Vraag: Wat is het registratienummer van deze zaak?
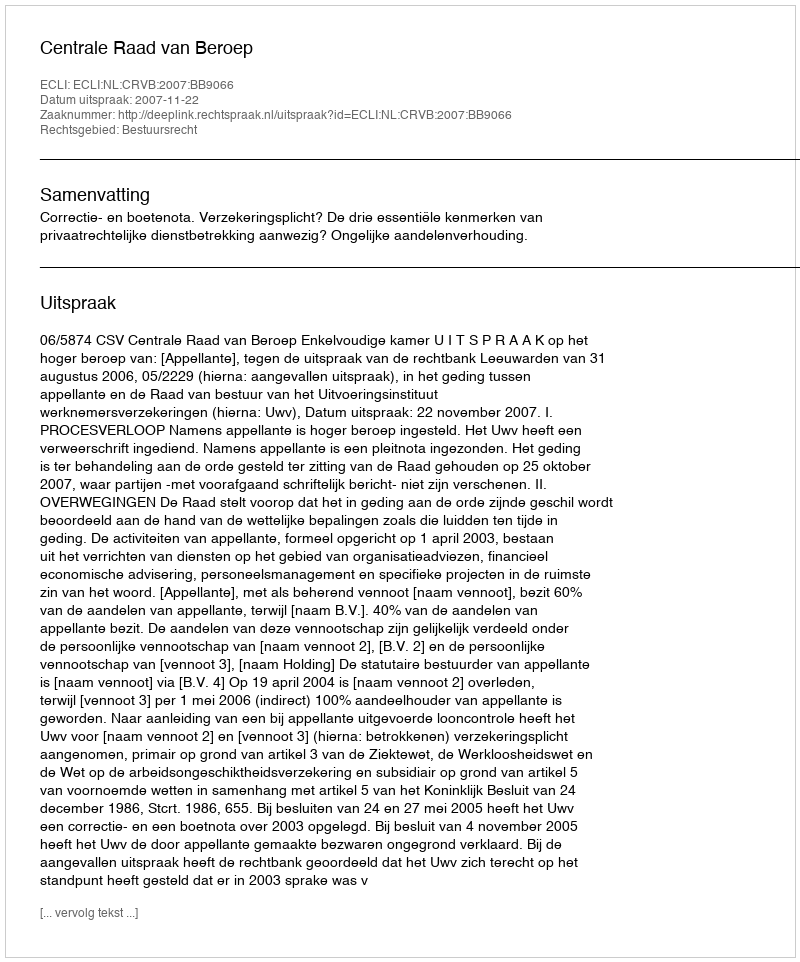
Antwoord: http://deeplink.rechtspraak.nl/uitspraak?id=ECLI:NL:CRVB:2007:BB9066